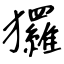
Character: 玀